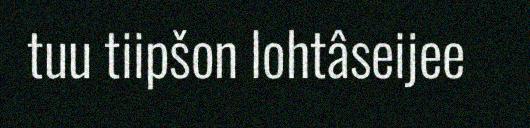
tuu tiipšon lohtâseijee